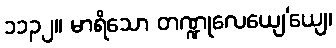
၁၁၃၂။ မာရိသော တဏ္ဍုလေယျေ’ယျေ၊